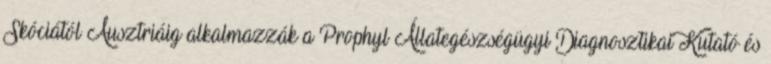
Skóciától Ausztriáig alkalmazzák a Prophyl Állategészségügyi Diagnosztikai Kutató és